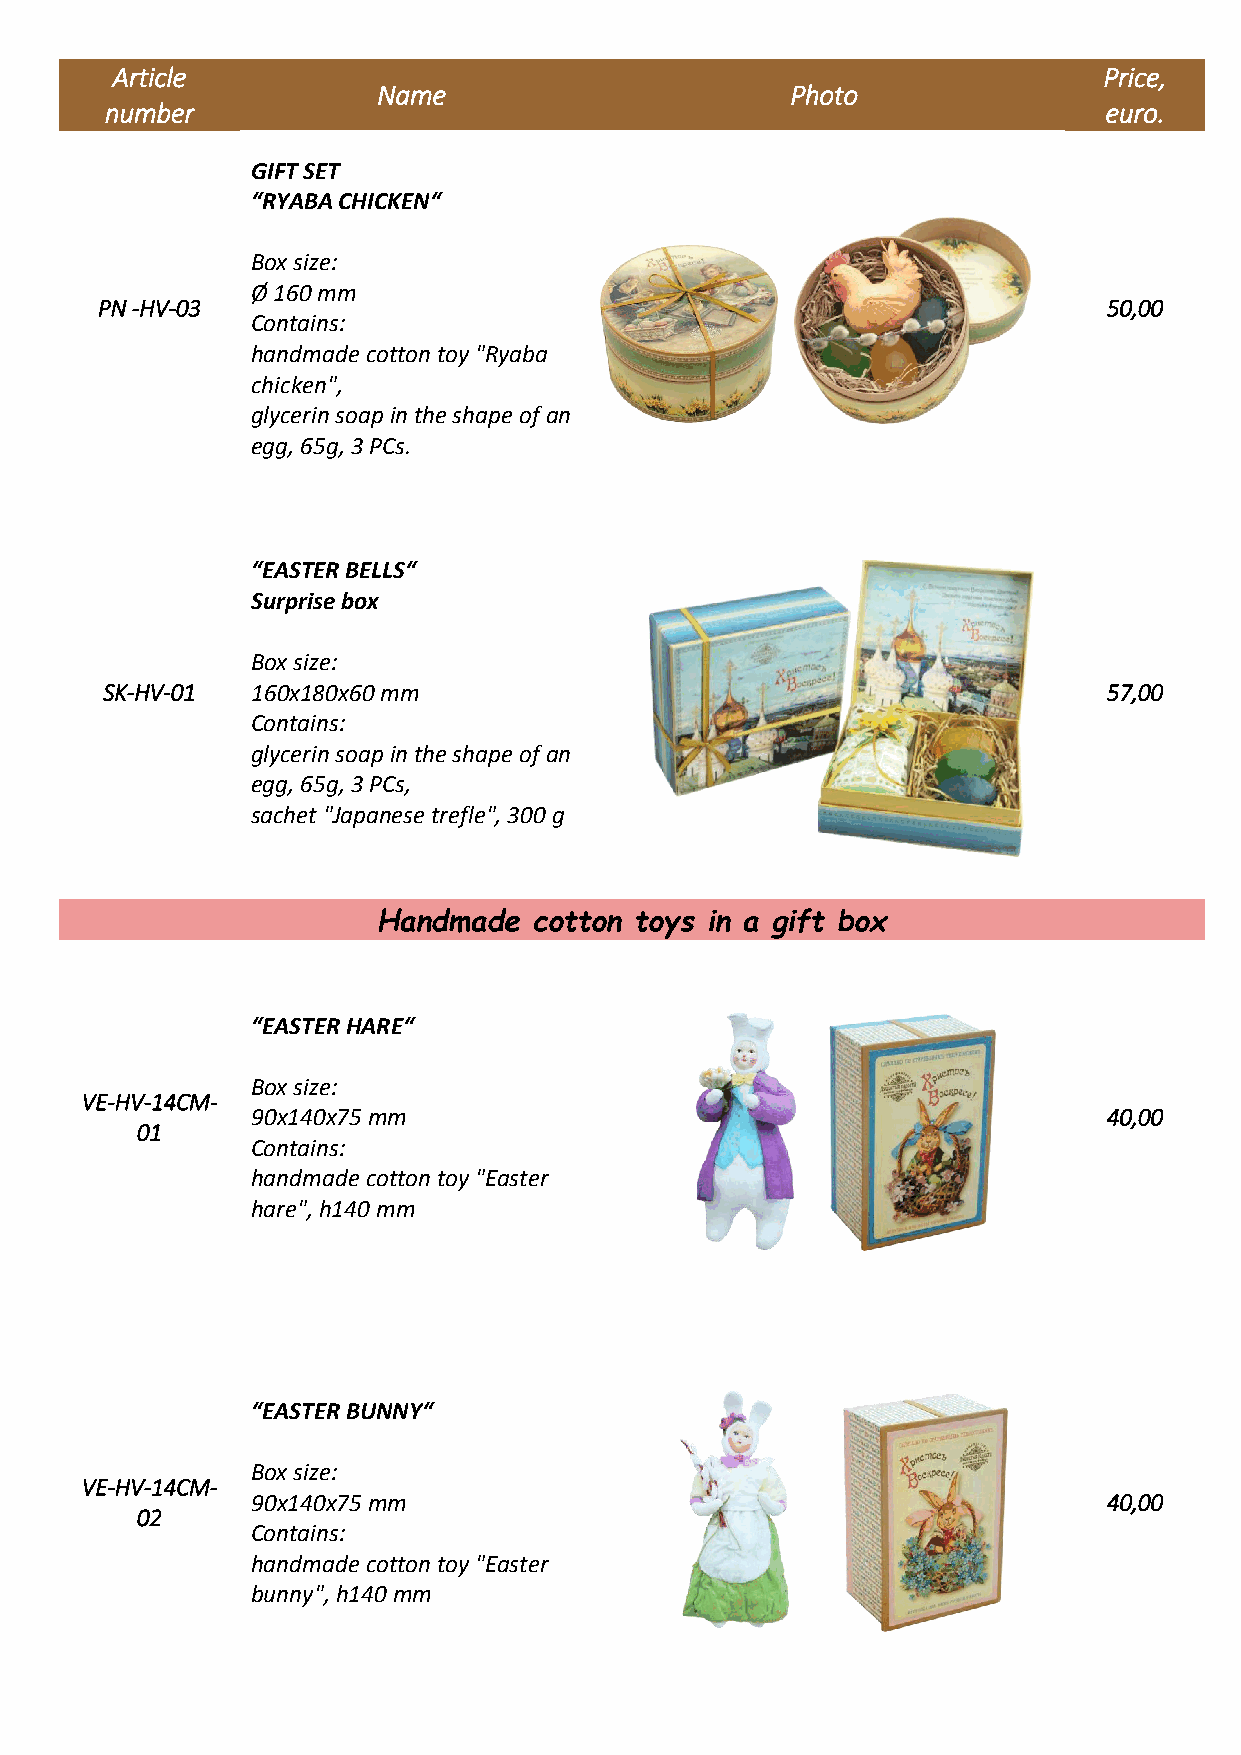
Article                                                           Price,
 Name                       Photo
 number                                                            euro.
 GIFT SET
 “RYABA CHICKEN“
 Box size:
 Ø 160 mm
 PN -HV-03                                                          50,00
 Contains:
 handmade cotton toy "Ryaba
 chicken",
 glycerin soap in the shape of an
 egg, 65g, 3 PCs.
 “EASTER BELLS“
 Surprise box
 Box size:
 SK-HV-01  160х180х60 mm                                           57,00
 Contains:
 glycerin soap in the shape of an
 egg, 65g, 3 PCs,
 sachet "Japanese trefle", 300 g
 Handmade  cotton toys in a gift box
 “EASTER HARE“
 Box size:
 VE-HV-14CM-
 90х140х75 mm                                            40,00
 01
 Contains:
 handmade cotton toy "Easter
 hare", h140 mm
 “EASTER BUNNY“
 Box size:
 VE-HV-14CM-
 90х140х75 mm                                            40,00
 02
 Contains:
 handmade cotton toy "Easter
 bunny", h140 mm